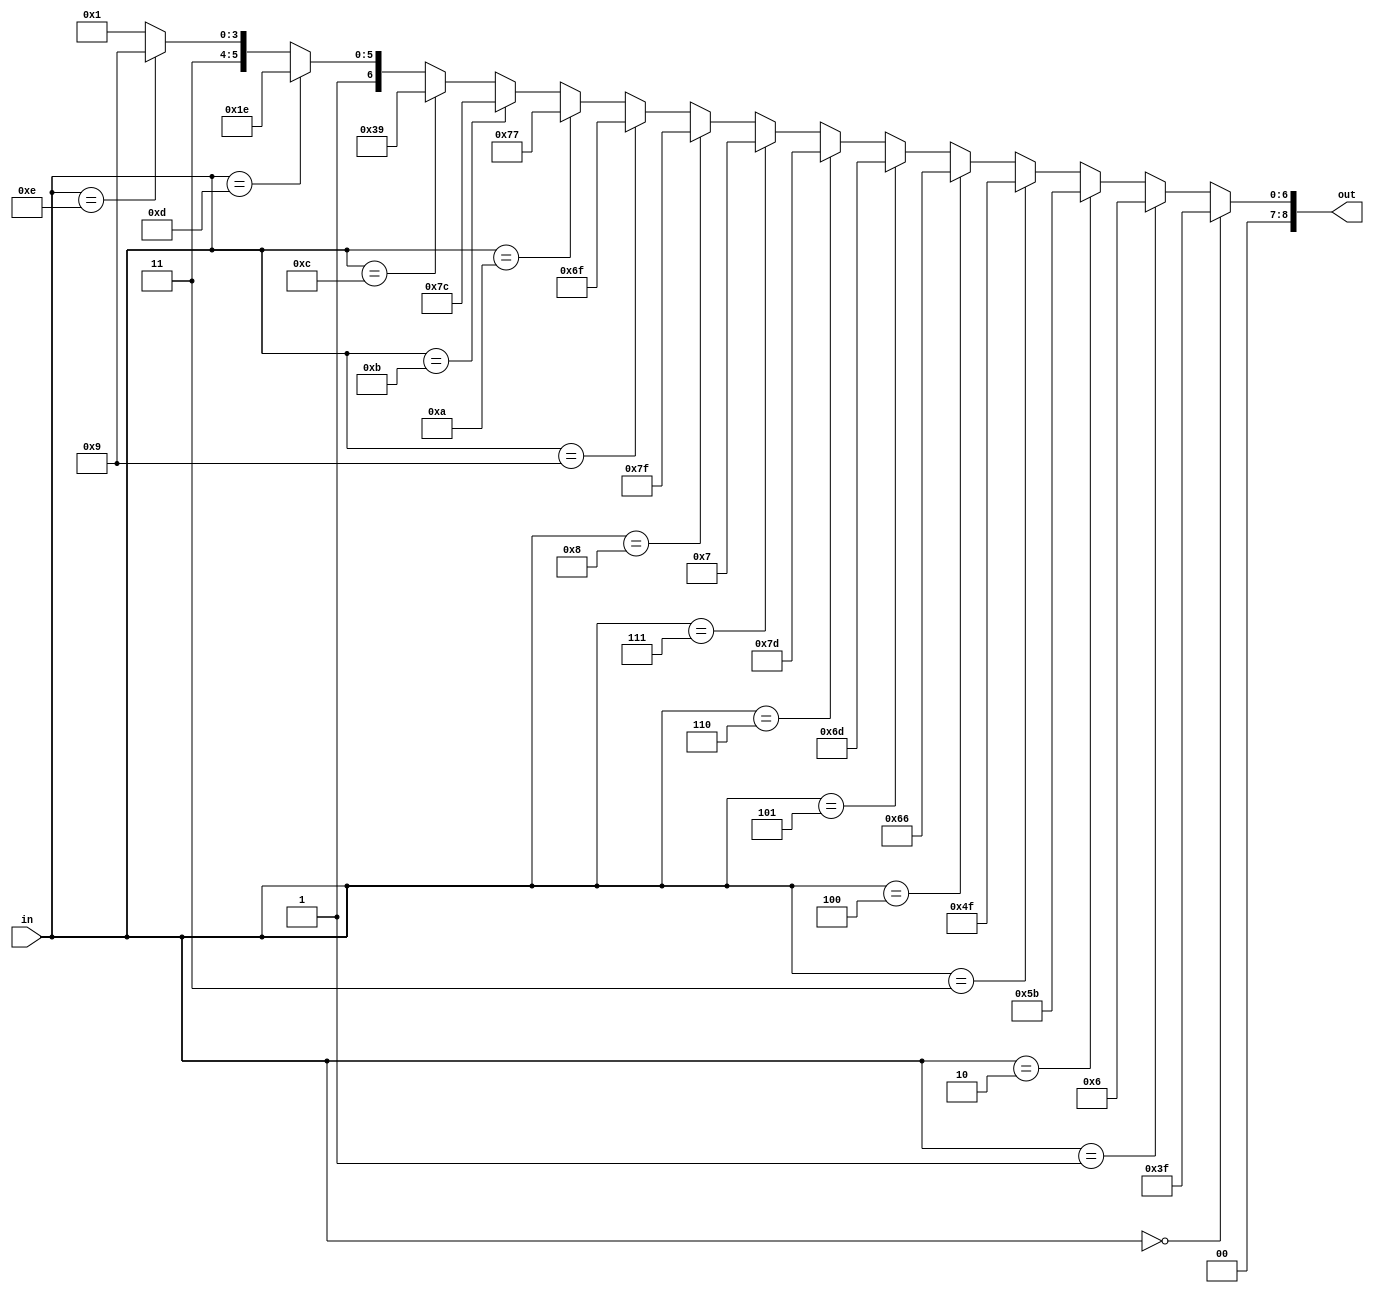
module DigitDecoder (
    input wire [3:0] in,
    output wire [8:0] out
);
    assign out = (in==4'h0)?9'b0_0011_1111:
                (in==4'h1)?9'b0_0000_0110:
                (in==4'h2)?9'b0_0101_1011:
                (in==4'h3)?9'b0_0100_1111:
                (in==4'h4)?9'b0_0110_0110:
                (in==4'h5)?9'b0_0110_1101:
                (in==4'h6)?9'b0_0111_1101:
                (in==4'h7)?9'b0_0000_0111:
                (in==4'h8)?9'b0_0111_1111:
                (in==4'h9)?9'b0_0110_1111:
                (in==4'ha)?9'b0_0111_0111:
                (in==4'hb)?9'b0_0111_1100:
                (in==4'hc)?9'b0_0011_1001:
                (in==4'hd)?9'b0_0101_1110:
                (in==4'he)?9'b0_0111_1001:
                9'b0_0111_0001;
endmodule